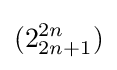
(2_{2n+1}^{2n})